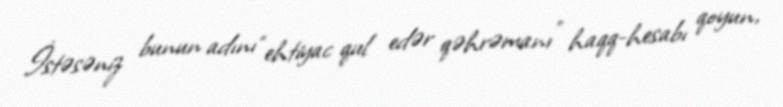
İstəsəniz bunun adını “ehtiyac qul edər qəhrəmanı” haqq-hesabı qoyun,